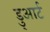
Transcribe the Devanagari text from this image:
डु्आर्ट